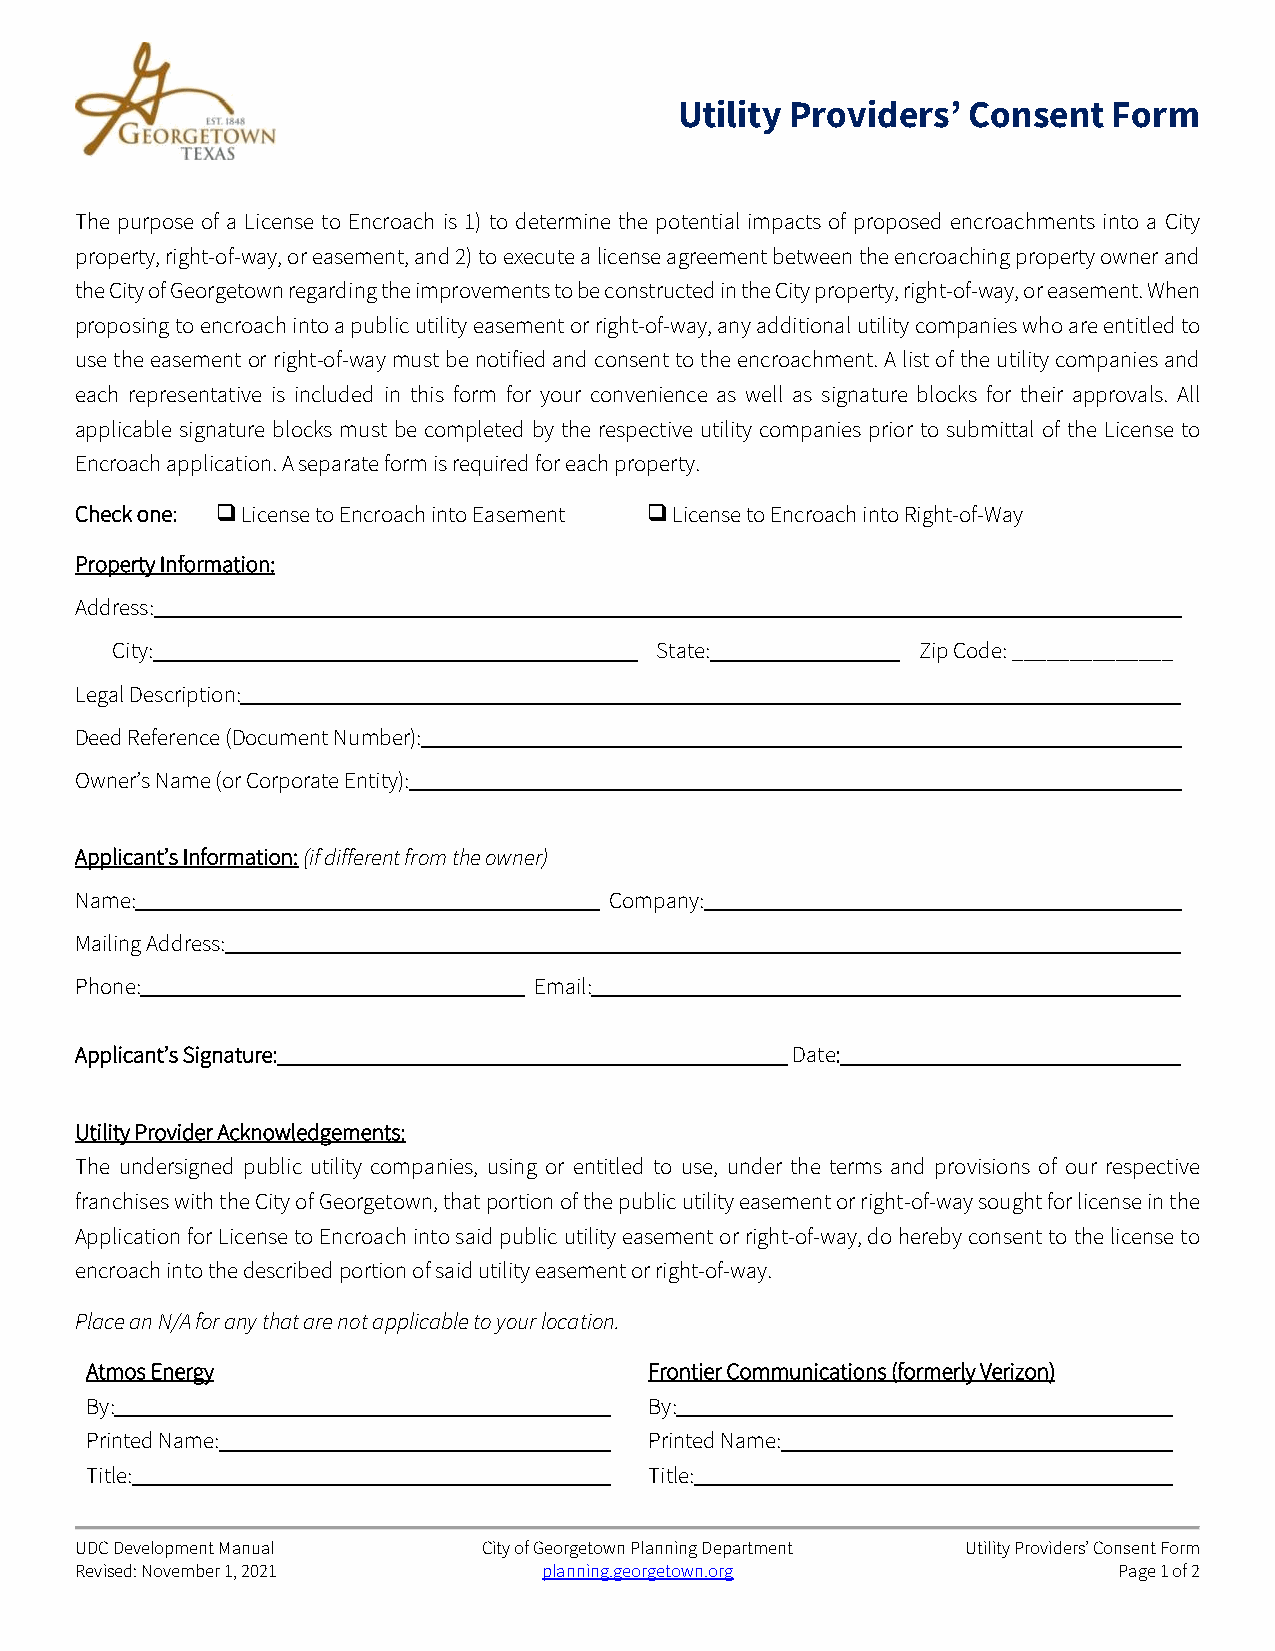
Utility Providers’ Consent   Form
 The purpose of a License to Encroach is 1) to determine the potential impacts of proposed encroachments into a City
 property, right-of-way, or easement, and 2) to execute a license agreement between the encroaching property owner and
 the City of Georgetown regarding the improvements to be constructed in the City property, right-of-way, or easement. When
 proposing to encroach into a public utility easement or right-of-way, any additional utility companies who are entitled to
 use the easement or right-of-way must be notified and consent to the encroachment. A list of the utility companies and
 each representative is included in this form for your convenience as well as signature blocks for their approvals. All
 applicable signature blocks must be completed by the respective utility companies prior to submittal of the License to
 Encroach application. A separate form is required for each property.
 Check one:  License to Encroach into Easement  License to Encroach into Right-of-Way
 Property Information:
 Address:
 City:                               State:            Zip Code: ______________
 Legal Description:
 Deed Reference (Document Number):
 Owner’s Name (or Corporate Entity):
 Applicant’s Information: (if different from the owner)
 Name:                              Company:
 Mailing Address:
 Phone:                        Email:
 Applicant’s Signature:                         Date:
 Utility Provider Acknowledgements:
 The undersigned public utility companies, using or entitled to use, under the terms and provisions of our respective
 franchises with the City of Georgetown, that portion of the public utility easement or right-of-way sought for license in the
 Application for License to Encroach into said public utility easement or right-of-way, do hereby consent to the license to
 encroach into the described portion of said utility easement or right-of-way.
 Place an N/A for any that are not applicable to your location.
 Atmos Energy                         Frontier Communications (formerly Verizon)
 By:                                  By:
 Printed Name:                        Printed Name:
 Title:                               Title:
 UDC Development Manual     City of Georgetown Planning Department Utility Providers’ Consent Form
 Revised: November 1, 2021      planning.georgetown.org               Page 1 of 2